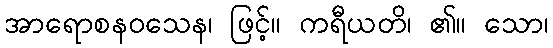
အာရောစနဝသေန၊ ဖြင့်။ ကရီယတိ၊ ၏။ သော၊